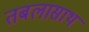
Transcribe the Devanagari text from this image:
तबलासाथ